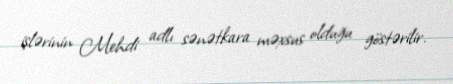
işlərinin Mehdi adlı sənətkara məxsus olduğu göstərilir.